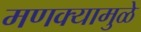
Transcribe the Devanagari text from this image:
मणक्यामुळे